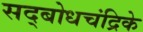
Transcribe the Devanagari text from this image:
सद्बोधचंद्रिके